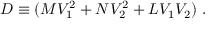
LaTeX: { \cal D } \equiv ( M V _ { 1 } ^ { 2 } + N V _ { 2 } ^ { 2 } + L V _ { 1 } V _ { 2 } ) \ .